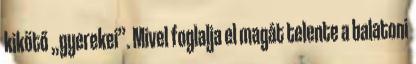
kikötő „gyerekei”. Mivel foglalja el magát telente a balatoni